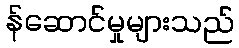
န်ဆောင်မှုများသည်